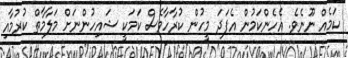
ކަމެއް ނޫނެވެ. އެހެންކަމުން އެފަދަ މީހުން ކުރާހާވެސް ކަމަކީ ޝައިހުންނަށް މަލާމާތް ކުރުމާއި